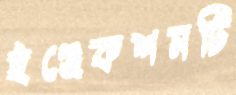
ইঞ্জেকশনটি